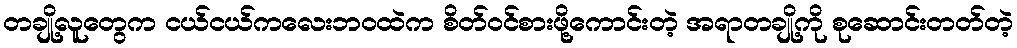
တချို့လူတွေက ငယ်ငယ်ကလေးဘ၀ထဲက စိတ်ဝင်စားဖို့ကောင်းတဲ့ အရာတချို့ကို စုဆောင်းတတ်တဲ့